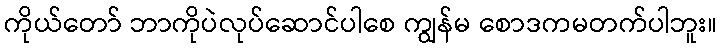
ကိုယ်တော် ဘာကိုပဲလုပ်ဆောင်ပါစေ ကျွန်မ စောဒကမတက်ပါဘူး။